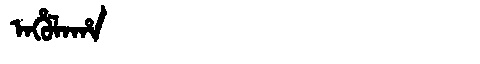
Manchu: ᠠᡥᡠᠯᠠᡥᠠ
Romanization: AHULAHA